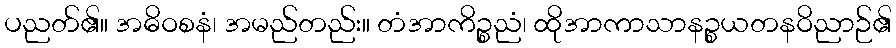
ပညတ်၏။ အဓိဝစနံ၊ အမည်တည်း။ တံအာကိဉ္စညံ၊ ထိုအာကာသာနဉ္စယတနဝိညာဉ်၏